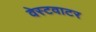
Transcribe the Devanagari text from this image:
वेस्टवाटर